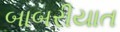
બાબરીયાત